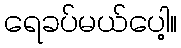
ရေခပ်မယ်ပေါ့။